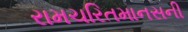
રામચરિતમાનસની